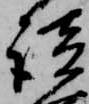
談